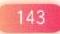
143